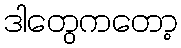
ဒါတွေကတော့